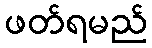
ဖတ်ရမည်